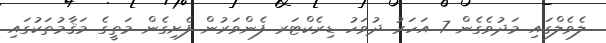
ލެވެލްގައި މަދުވެގެން 7 އަހަރު ދުވަހު ޑިރެކްޓަރ ފެންވަރުން ފެށިގެން މަތީގެ މަޤާމުތަކުގައި